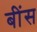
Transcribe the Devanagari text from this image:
बींस